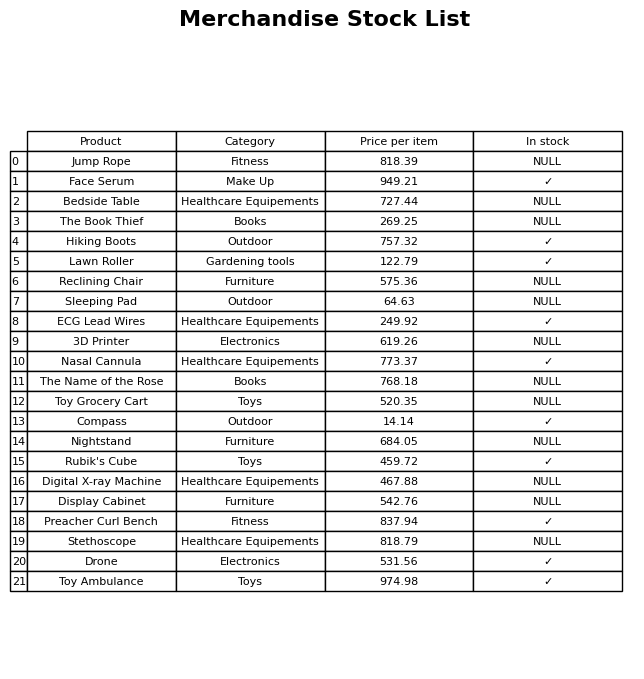
question: What is the stock status of the Digital X-ray Machine?
answer: NULL